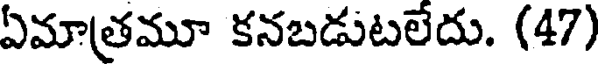
ఏమాత్రమూ కనబడుటలేదు. (47)